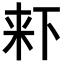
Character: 𣑎